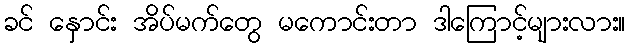
ခင် နှောင်း အိပ်မက်တွေ မကောင်းတာ ဒါကြောင့်များလား။